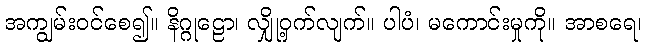
အကျွမ်းဝင်စေ၍။ နိဂ္ဂုဠော၊ လျှို့ဝှက်လျက်။ ပါပံ၊ မကောင်းမှုကို။ အာစရေ၊